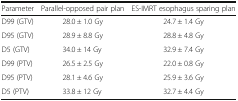
| Parameter | Parallel-opposed pair plan | ES-IMRT esophagus sparing plan |
 | --- | --- | --- |
 | D99 (GTV) | 28.0 ± 1.0 Gy | 24.7 ± 1.4 Gy |
 | D95 (GTV) | 28.9 ± 8.8 Gy | 28.8 ± 4.8 Gy |
 | D5 (GTV) | 34.0 ± 14 Gy | 32.9 ± 7.4 Gy |
 | D99 (PTV) | 26.5 ± 2.5 Gy | 22.0 ± 0.8 Gy |
 | D95 (PTV) | 28.1 ± 4.6 Gy | 25.9 ± 3.6 Gy |
 | D5 (PTV) | 33.8 ± 12 Gy | 32.7 ± 4.4 Gy |